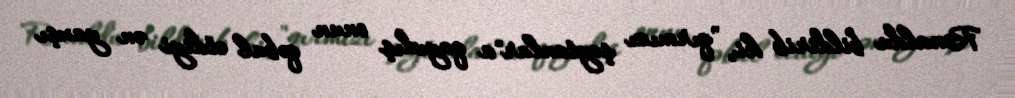
Ronaldu bildirib ki, "qırmızı şeytanlar"a qayıdış onun qəbul etdiyi ən yaxşı